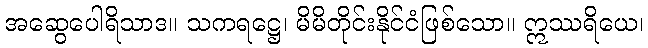
အဆွေပေါရိသာဒ။ သကရဋ္ဌေ၊ မိမိတိုင်းနိုင်ငံဖြစ်သော။ ဣဿရိယေ၊